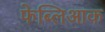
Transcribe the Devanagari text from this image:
फेब्लिआक